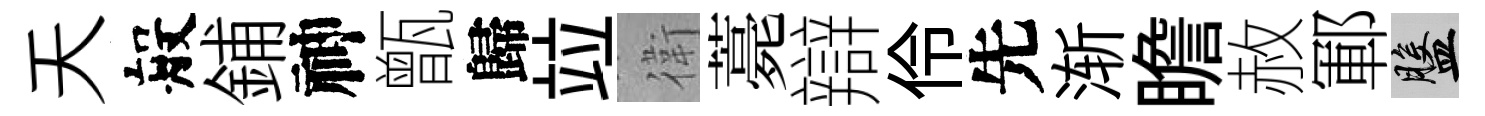
天般鋪神甑歸竝衛薧辯伶先渐瞻赦鄆盤